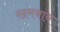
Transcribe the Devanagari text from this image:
खमबाब